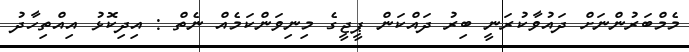
މެމްބަރުންނަށް ދައުވާކުރަނީ ބިރު ދައްކަން ޕީޖީގެ މިނިވަންކަމެއް ނެތް : އިދިކޮޅު އިއްތިހާދު